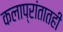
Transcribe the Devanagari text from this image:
कलाप्रांतातही